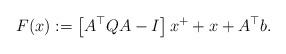
LaTeX: \begin{align*} F(x):=\left[A^\top QA-I\right]x^+ +x+A^\top b. \end{align*}